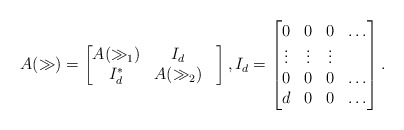
\begin{align*}A(\gg)=\begin{bmatrix}A(\gg_1) & I_d \\I_d^*& A(\gg_2) &\end{bmatrix}, I_d=\begin{bmatrix}0 & 0 & 0 & \ldots \\\vdots & \vdots & \vdots & \\0 & 0 & 0 & \ldots \\d & 0 & 0 & \ldots\end{bmatrix}.\end{align*}